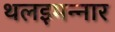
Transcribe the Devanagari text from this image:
थलइमन्‍नार